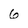
Character: 6